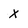
Character: X